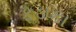
ફડાકા